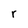
Character: r